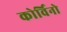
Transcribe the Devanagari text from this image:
कोर्विनो